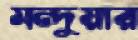
মন্দুয়ার